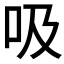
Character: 吸